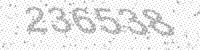
Solution: 236538